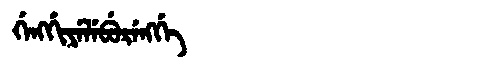
Manchu: ᡤᡝᠩᡤᡳᠶᡝᠯᡝᠪᡠᡵᡝᠩᡤᡝ
Romanization: GENGGIYELEBURENGGE